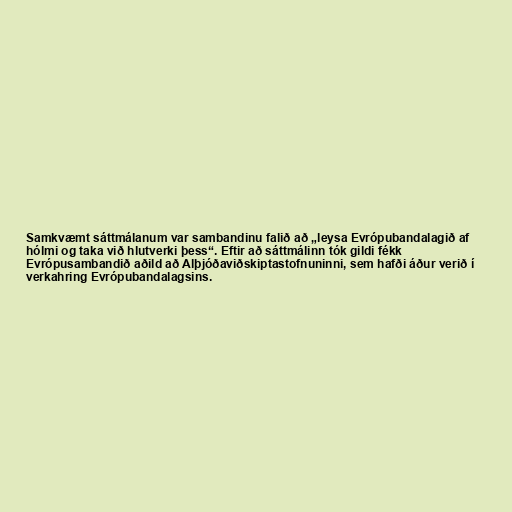
Samkvæmt sáttmálanum var sambandinu falið að „leysa Evrópubandalagið af
hólmi og taka við hlutverki þess“. Eftir að sáttmálinn tók gildi fékk
Evrópusambandið aðild að Alþjóðaviðskiptastofnuninni, sem hafði áður verið í
verkahring Evrópubandalagsins.